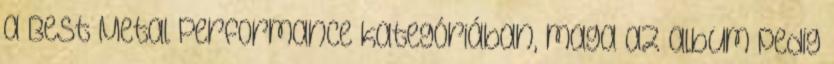
a Best Metal Performance kategóriában, maga az album pedig